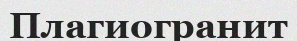
Плагиогранит